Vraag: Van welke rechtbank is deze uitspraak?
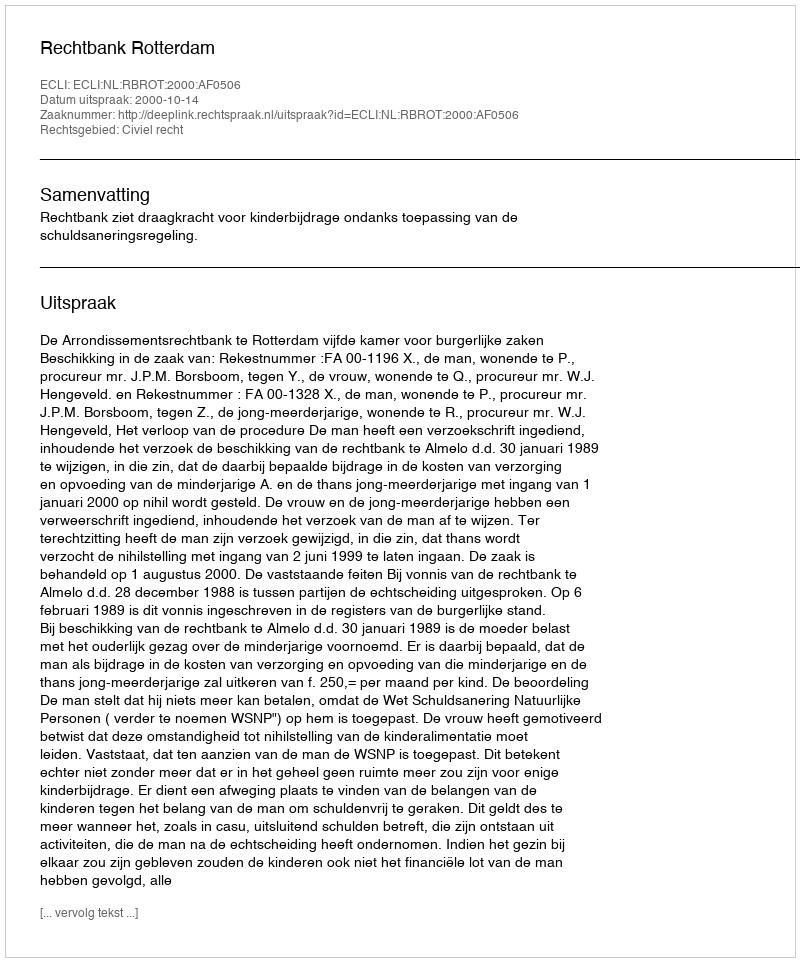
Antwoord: Rechtbank Rotterdam